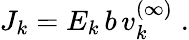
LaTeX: J_{k}=E_{k}\, b\, v_{k}^{(\infty)}\; .